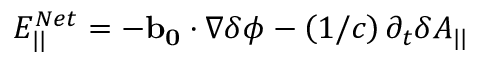
E _ { | | } ^ { N e t } = - \mathbf { b _ { 0 } } \cdot \nabla \delta \phi - \left( 1 / c \right) \partial _ { t } \delta A _ { | | }